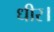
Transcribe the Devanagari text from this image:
धीर।